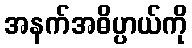
အနက်အဓိပ္ပာယ်ကို